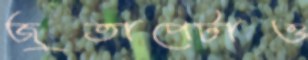
জুতাপেটাও